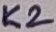
Text: K2